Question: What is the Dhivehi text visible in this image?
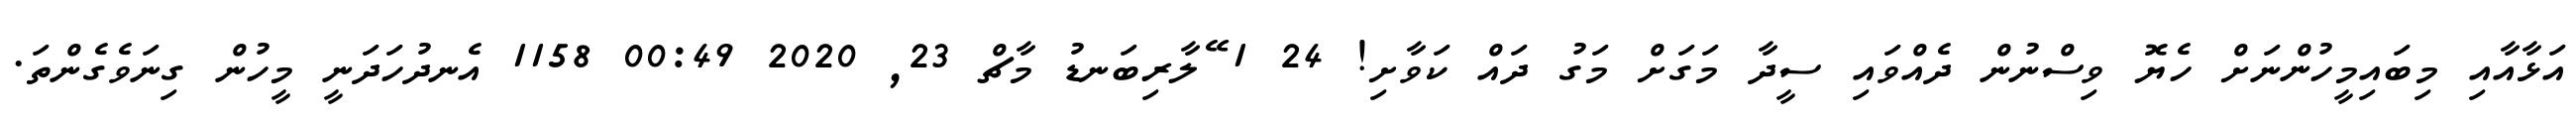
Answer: އަޅާއާއި މިބައިމީހުންނަށް ހެޔޮ ވިސްނުން ދެއްވައި ސީދާ މަގަށް މަގު ދައް ކަވާށި! 24 1 ޭލާރިބަނޑު މާޗް 23, 2020 00:49 1158 އެނދުހަދަނީ މީހުން ގިނަވެގެންތަ.